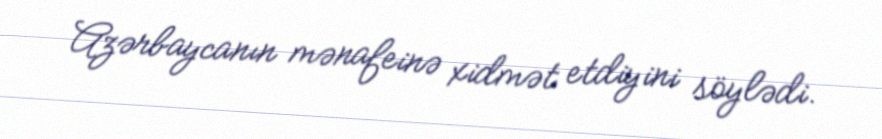
Azərbaycanın mənafeinə xidmət etdiyini söylədi.